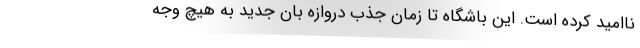
ناامید کرده است. این باشگاه تا زمان جذب دروازه بان جدید به هیچ وجه